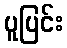
ပူပြင်း